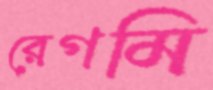
রেগমি